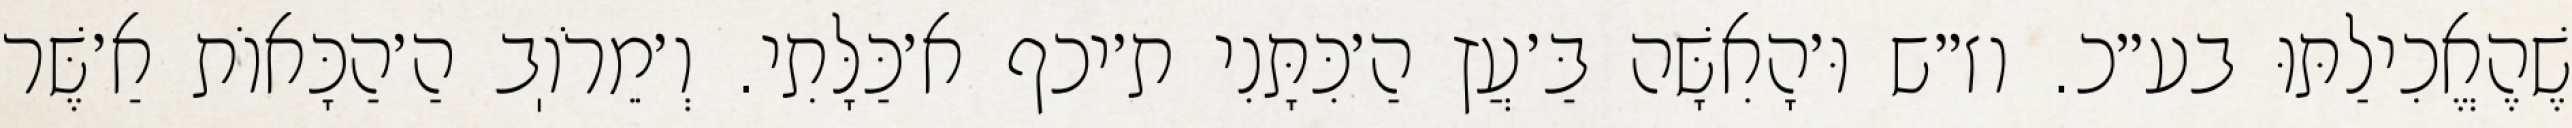
שֶׁהֶאֱכִילַתּוּ בע״כ. וז״ש וּ׳הָאִשָּׁה בַּ׳עֲץ הַ׳כִּתָּנִי ת׳יכף א׳כַּלָּתִי. וְ׳מֵרֹוֽב הַ׳הַכָּאוֹת אַ׳שֶּׁר